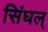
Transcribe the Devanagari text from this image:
सिंघल्